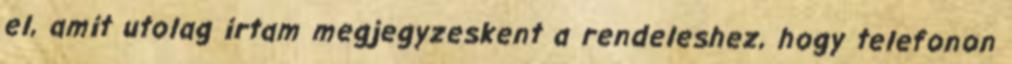
el, amit utolag irtam megjegyzeskent a rendeleshez, hogy telefonon